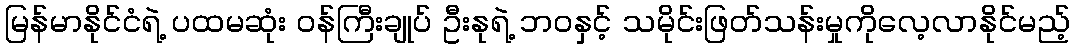
မြန်မာနိုင်ငံရဲ့ ပထမဆုံး ဝန်ကြီးချုပ် ဦးနုရဲ့ ဘဝနှင့် သမိုင်းဖြတ်သန်းမှုကိုလေ့လာနိုင်မည့်